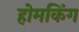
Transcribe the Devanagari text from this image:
होमकिंग